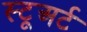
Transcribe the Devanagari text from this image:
स्टूअर्ट